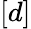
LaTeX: [d]